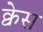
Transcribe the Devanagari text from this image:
क्वेस